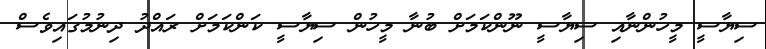
ސިޔާސީ މީހުންނާއި ސިޔާސީ ނޫންކަމަށް ބުނާ މީހުން ސިޔާސީ ކަންކަމަށް ރައްދު ދިނުމުގައިވެސް